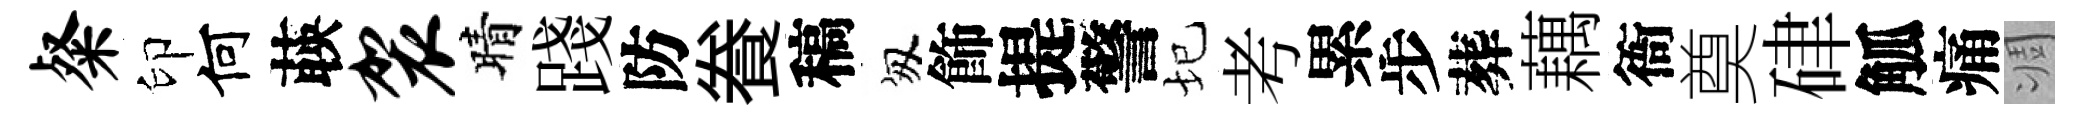
粲印何𦴤袈晴踐防飬稿匆飾提警圮考累步葬藕衙奠硉觚痛凋